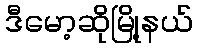
ဒီမော့ဆိုမြို့နယ်